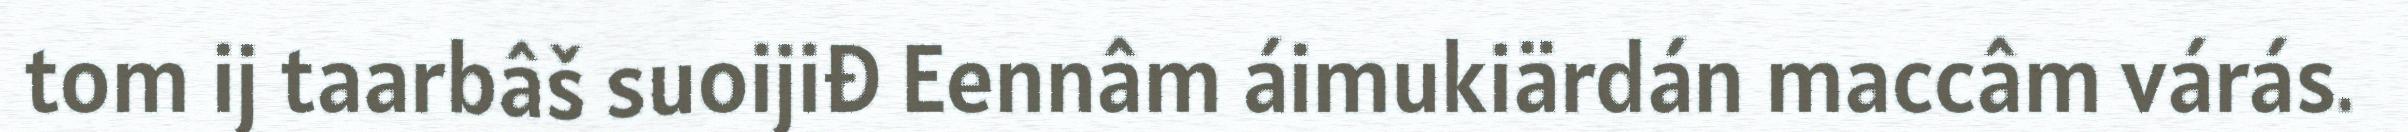
tom ij taarbâš suoijiđ Eennâm áimukiärdán maccâm várás.